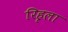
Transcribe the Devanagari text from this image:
रिहृला